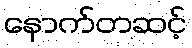
နောက်တဆင့်